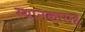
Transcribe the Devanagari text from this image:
स्थानकासह